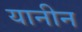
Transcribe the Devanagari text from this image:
यानीन